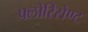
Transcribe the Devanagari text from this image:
फ्लोरिसेण्ट